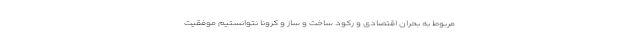
مربوط به بحران اقتصادی و رکود ساخت و ساز و کرونا نتوانستیم موفقیت